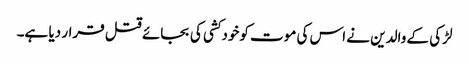
لڑکی کے والدین نے اس کی موت کوخودکشی کی بجائے قتل قرار دیا ہے۔